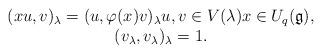
LaTeX: \begin{align*}\begin{array}{c}(xu, v)_{\lambda}=(u, \varphi (x)v)_{\lambda} u, v \in V(\lambda) x\in U_q(\mathfrak{g}), \\(v_{\lambda}, v_{\lambda})_{\lambda}=1. \\\end{array}\end{align*}